Leningradi_Edasi_toimetus, lk 4
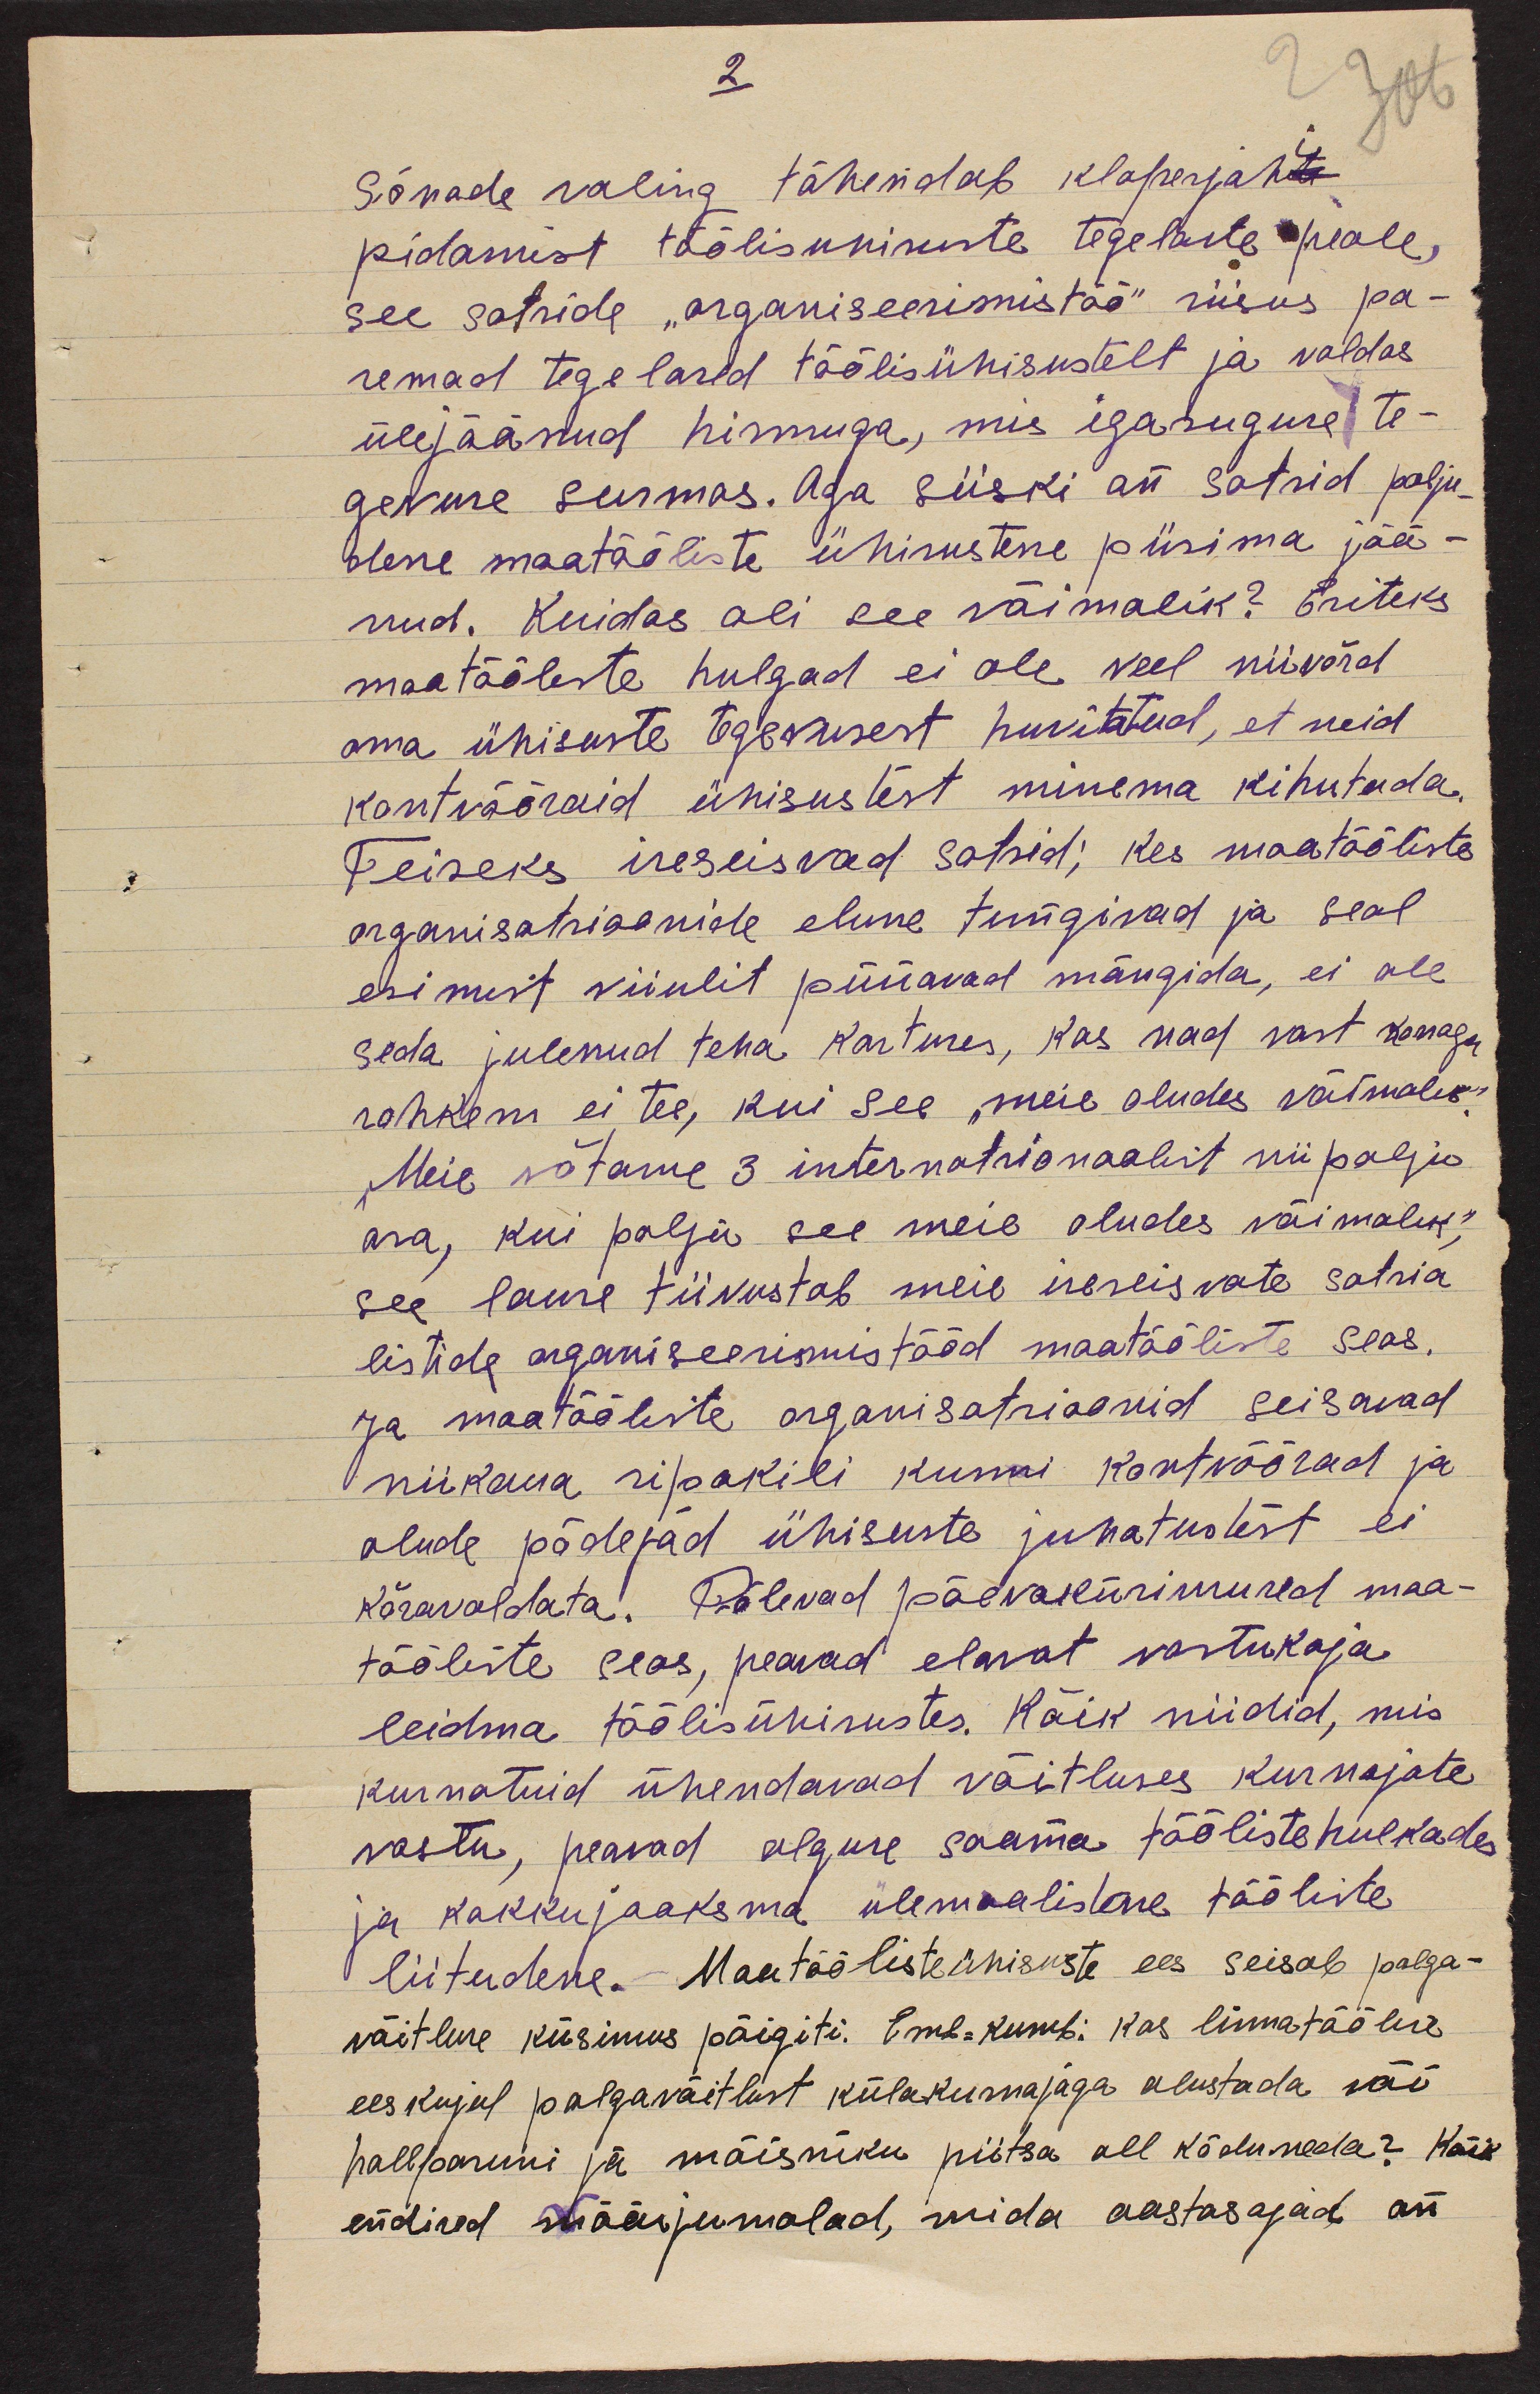
2
Sõnade valing tähendab klaperjahi
pidamist töölisuhisuste tegelaste peale,
see sotside "organiseerimistöö" riisus pa-
remad tegelased töölisühisustelt ja valdas
ülejäänud hirmuga, mis igasuguse te-
gevuse surmas. Aga siiski on sotsid palju-
desse maatööliste ühisustesse püsima jää-
nud. Kuidas oli see võimalik? Esiteks
maatööleste hulgad ei ole veel niivõrd
oma ühisuste tegevusest huvitatud, et neid
kontvõõraid ühisustest minema kihutada.
Teiseks iseseisvad sotsid; kes maatööliste
organisatsioonide elusse tungivad ja seal
esimest viiulit püüavad mängida, ei ole
seda julenud teha kartuses, kas nad vast korraga
rohkem ei tee, kui see "meie oludes võimalik".
Meie võtame 3 internatsionaalist niipalju
osa, kui palju see meie oludes võimalik,"
see lause tiivustab meie iseseisvate sotsia
listide organiseerimistööd maatööliste seas.
Ja maatööliste organisatsioonid seisavad
niikaua ripakili kunni kontvõõrad ja
olude põdejad ühisuste juhatustest ei
kõravaldata. Põlevad päevaküsimused maa-
tööliste seas, peavad elavat vastukaja
leidma töölisühisustes. Kõik niidid, mis
kurnatuid ühendavad võitluses kurnajate
vastu, peavad alguse saama tööliste hulkades
ja kokkujooksma ülemaalistesse tööliste
liitudesse. Maatöölisteühisuste ees seisab palga-
võitluse küsimus põigiti. Emb-kumb: kas linnatöölise
eeskujul palgavõitlust külakurnajaga alustada või
hallparuni ja mõisniku piitsa all kõduneda? Kõik
endised wäärjumalad, mida aastasajad on